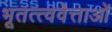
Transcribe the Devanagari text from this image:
भूतत्त्ववेत्ताओं